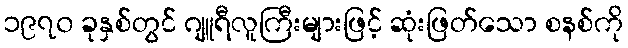
၁၉၇၀ ခုနှစ်တွင် ဂျူရီလူကြီးများဖြင့် ဆုံးဖြတ်သော စနစ်ကို